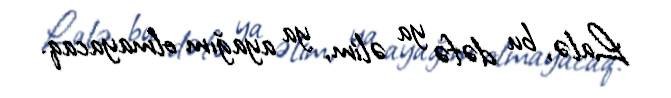
Lalə, bu dəfə ya əlim, ya ayağım olmayacaq.